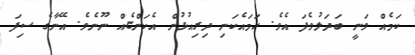
ކަމެއް ވަނީ ބަދަލުވެފަ އެވެ. ހަމައެކަނި ދިރިއުޅުން އެކަންޏެއް ނޫނެވެ. އޭނާގެ ސިފަ